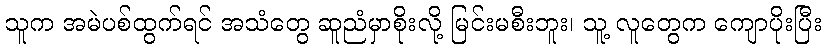
သူက အမဲပစ်ထွက်ရင် အသံတွေ ဆူညံမှာစိုးလို့ မြင်းမစီးဘူး၊ သူ့ လူတွေက ကျောပိုးပြီး